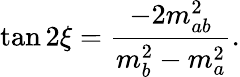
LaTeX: \tan 2\xi={\frac{-2m_{ab}^{2}}{m_{b}^{2}-m_{a}^{2}}}.